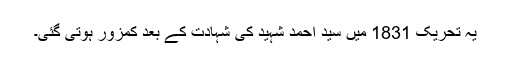
یہ تحریک 1831 میں سید احمد شہید کی شہادت کے بعد کمزور ہوتی گئی۔